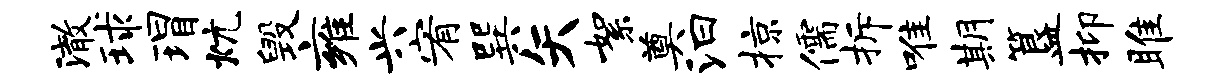
澈球瑁炕毁雍兴宥巽矢絮奠汩掠儒拆唯期簋抑雎